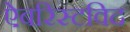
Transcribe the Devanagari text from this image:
ऐबरिस्टविद